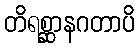
တိရစ္ဆာနဂတာပိ